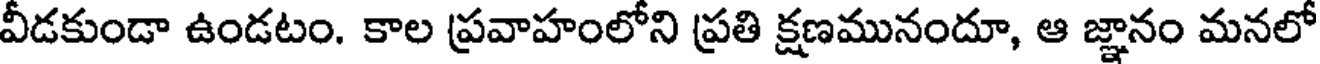
వీడకుండా ఉండటం. కాల ప్రవాహంలోని ప్రతి క్షణమునందూ, ఆ జ్ఞానం మనలో